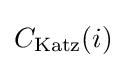
C_{\mathrm {Katz} }(i)